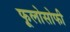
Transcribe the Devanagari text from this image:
फूलोसोफी